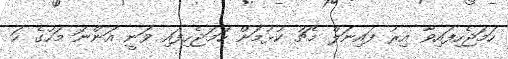
ހަމަޖެހިފައިވާ އިރު ފައިނަލް މެޗު ކުޅުމަށް ހަމަޖެހިފައި ވަނީ އަންނަ މަހުގެ ހަ